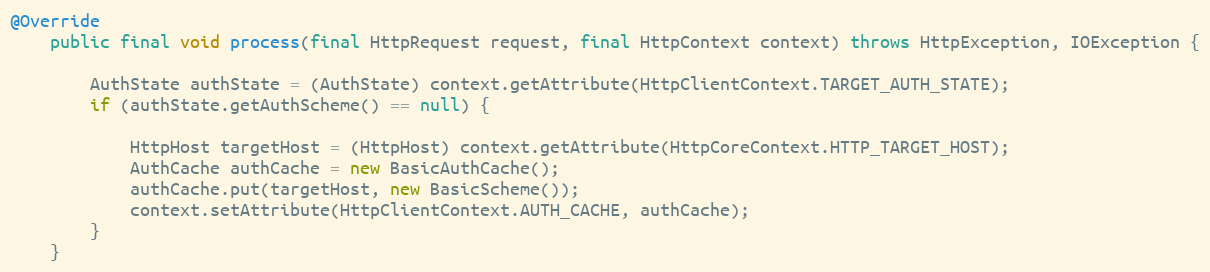
Language: Java
@Override
    public final void process(final HttpRequest request, final HttpContext context) throws HttpException, IOException {

        AuthState authState = (AuthState) context.getAttribute(HttpClientContext.TARGET_AUTH_STATE);
        if (authState.getAuthScheme() == null) {

            HttpHost targetHost = (HttpHost) context.getAttribute(HttpCoreContext.HTTP_TARGET_HOST);
            AuthCache authCache = new BasicAuthCache();
            authCache.put(targetHost, new BasicScheme());
            context.setAttribute(HttpClientContext.AUTH_CACHE, authCache);
        }
    }